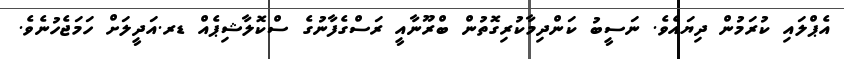
އެޕްލައި ކުރަމުން ދިޔައެވެ. ނަސީބު ކަންދިމާކުރިގޮތުން ބްރޫނާއީ ރަސްގެފާނުގެ ސްކޮލާޝިޕެއް ޑރ.އަދީލަށް ހަަމަޖެހުނެވެ.